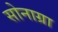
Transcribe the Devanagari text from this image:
सोनाग्रा